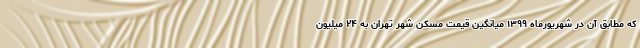
که مطابق آن در شهریورماه ۱۳۹۹ میانگین قیمت مسکن شهر تهران به ۲۴ میلیون